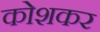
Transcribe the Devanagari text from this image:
कोशकर